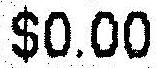
$0.00